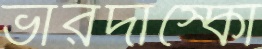
ভারদাস্কো